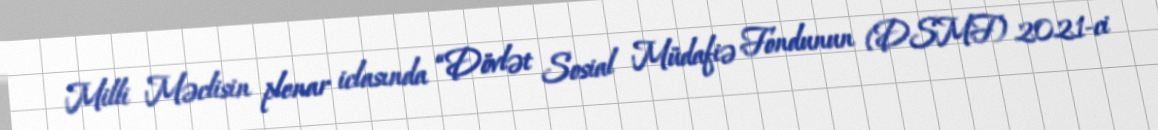
Milli Məclisin plenar iclasında “Dövlət Sosial Müdafiə Fondunun (DSMF) 2021-ci